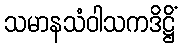
သမာနသံဝါသကဒိဋ္ဌိံ